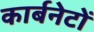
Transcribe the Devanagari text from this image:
कार्बनेटों